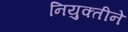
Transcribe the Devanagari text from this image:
नियुक्तीने